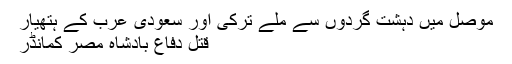
موصل میں دہشت گردوں سے ملے ترکی اور سعودی عرب کے ہتھیار
قتل دفاع بادشاہ مصر کمانڈر